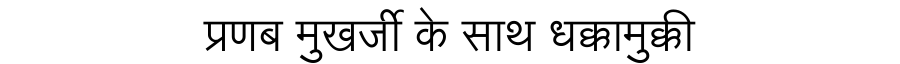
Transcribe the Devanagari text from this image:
प्रणब मुखर्जी के साथ धक्कामुक्की